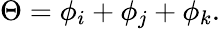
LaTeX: {\Theta=\phi_{i}+\phi_{j}+\phi_{k}.}